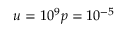
u = 1 0 ^ { 9 } p = 1 0 ^ { - 5 }